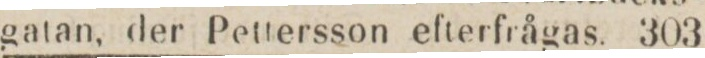
gatan, der Pettersson efterfrågas.    303